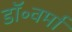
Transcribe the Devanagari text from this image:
डॉ॰वर्मा